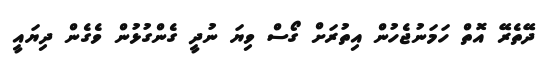
ދޭތެރޭ އޮތް ހަމަނުޖެހުން އިތުރަށް ގޯސް ވިޔަ ނުދީ ގެންގުޅުން ވެގެން ދިޔައީ